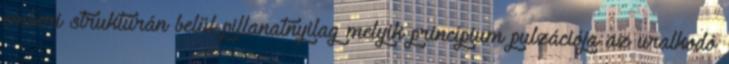
emberi struktúrán belül pillanatnyilag melyik princípium pulzációja az uralkodó